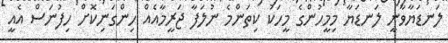
ލަނޑަޔާވާނީ ލަނޑަޔާ މިމީހުންގެ މީހަކު ކިތަންމެ ނުލަފާ ޖަރީމާއެއް ހިންގަނިކޮށް ހިފުނަސް އެއީ